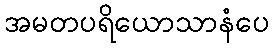
အမတပရိယောသာနံပေ